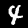
Digit: 4